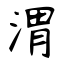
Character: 渭